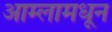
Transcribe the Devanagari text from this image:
आम्लामधून